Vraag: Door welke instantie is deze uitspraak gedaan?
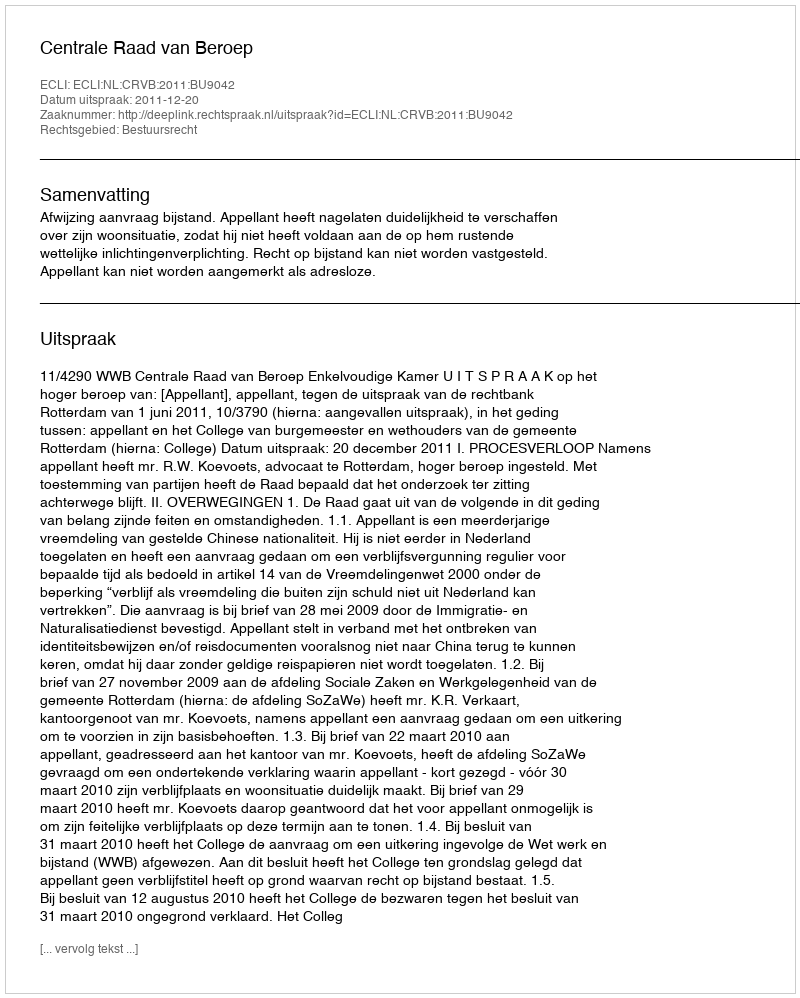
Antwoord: Centrale Raad van Beroep